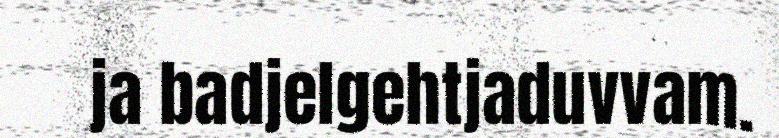
ja badjelgehtjaduvvam.